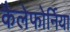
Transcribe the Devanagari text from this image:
कैलेफोर्निया